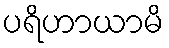
ပရိဟာယာမိ